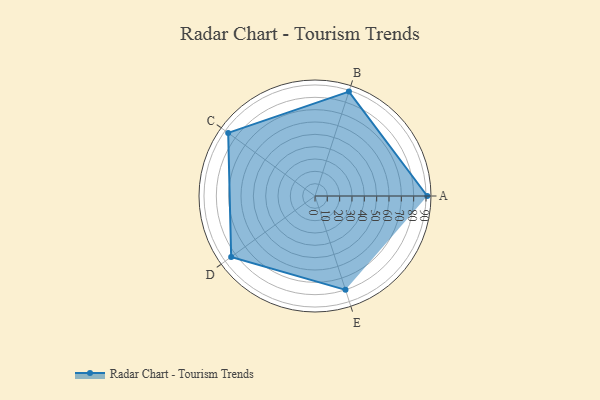
{"axis": {"x": "Skill", "y": "Score"}, "legend": ["Profile"], "data": [{"x": "A", "y": 91.0, "type": "Profile"}, {"x": "B", "y": 89.0, "type": "Profile"}, {"x": "C", "y": 87.0, "type": "Profile"}, {"x": "D", "y": 84.0, "type": "Profile"}, {"x": "E", "y": 80.0, "type": "Profile"}]}